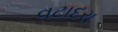
વટાદરા